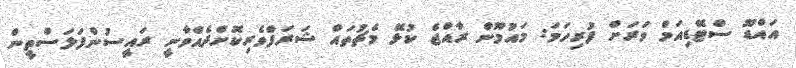
އައްޑޫ ސްޓޭޑިއަމް ވަރަށް ފުރިހަމަ: މައުމޫން ރާއްޖެ ކުޅޭ މެޗުތައް ޝަރަފްވެރިކޮށްދެއްވާނީ ރައީސުންފަލަސްތީން